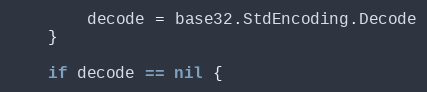
Language: Go
		decode = base32.StdEncoding.Decode
	}

	if decode == nil {